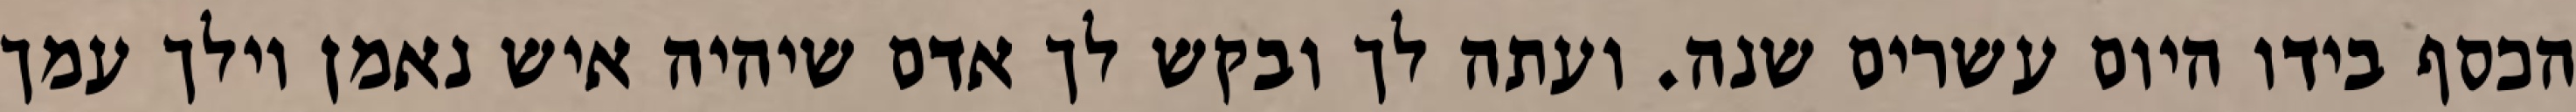
הכסף בידו היום עשרים שנה. ועתה לך ובקש לך אדם שיהיה איש נאמן וילך עמך